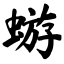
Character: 蝣